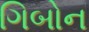
ગિબોન